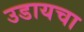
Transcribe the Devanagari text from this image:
उडायचा